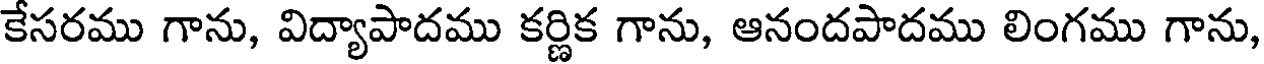
కేసరము గాను, విద్యాపాదము కర్ణిక గాను, ఆనందపాదము లింగము గాను,